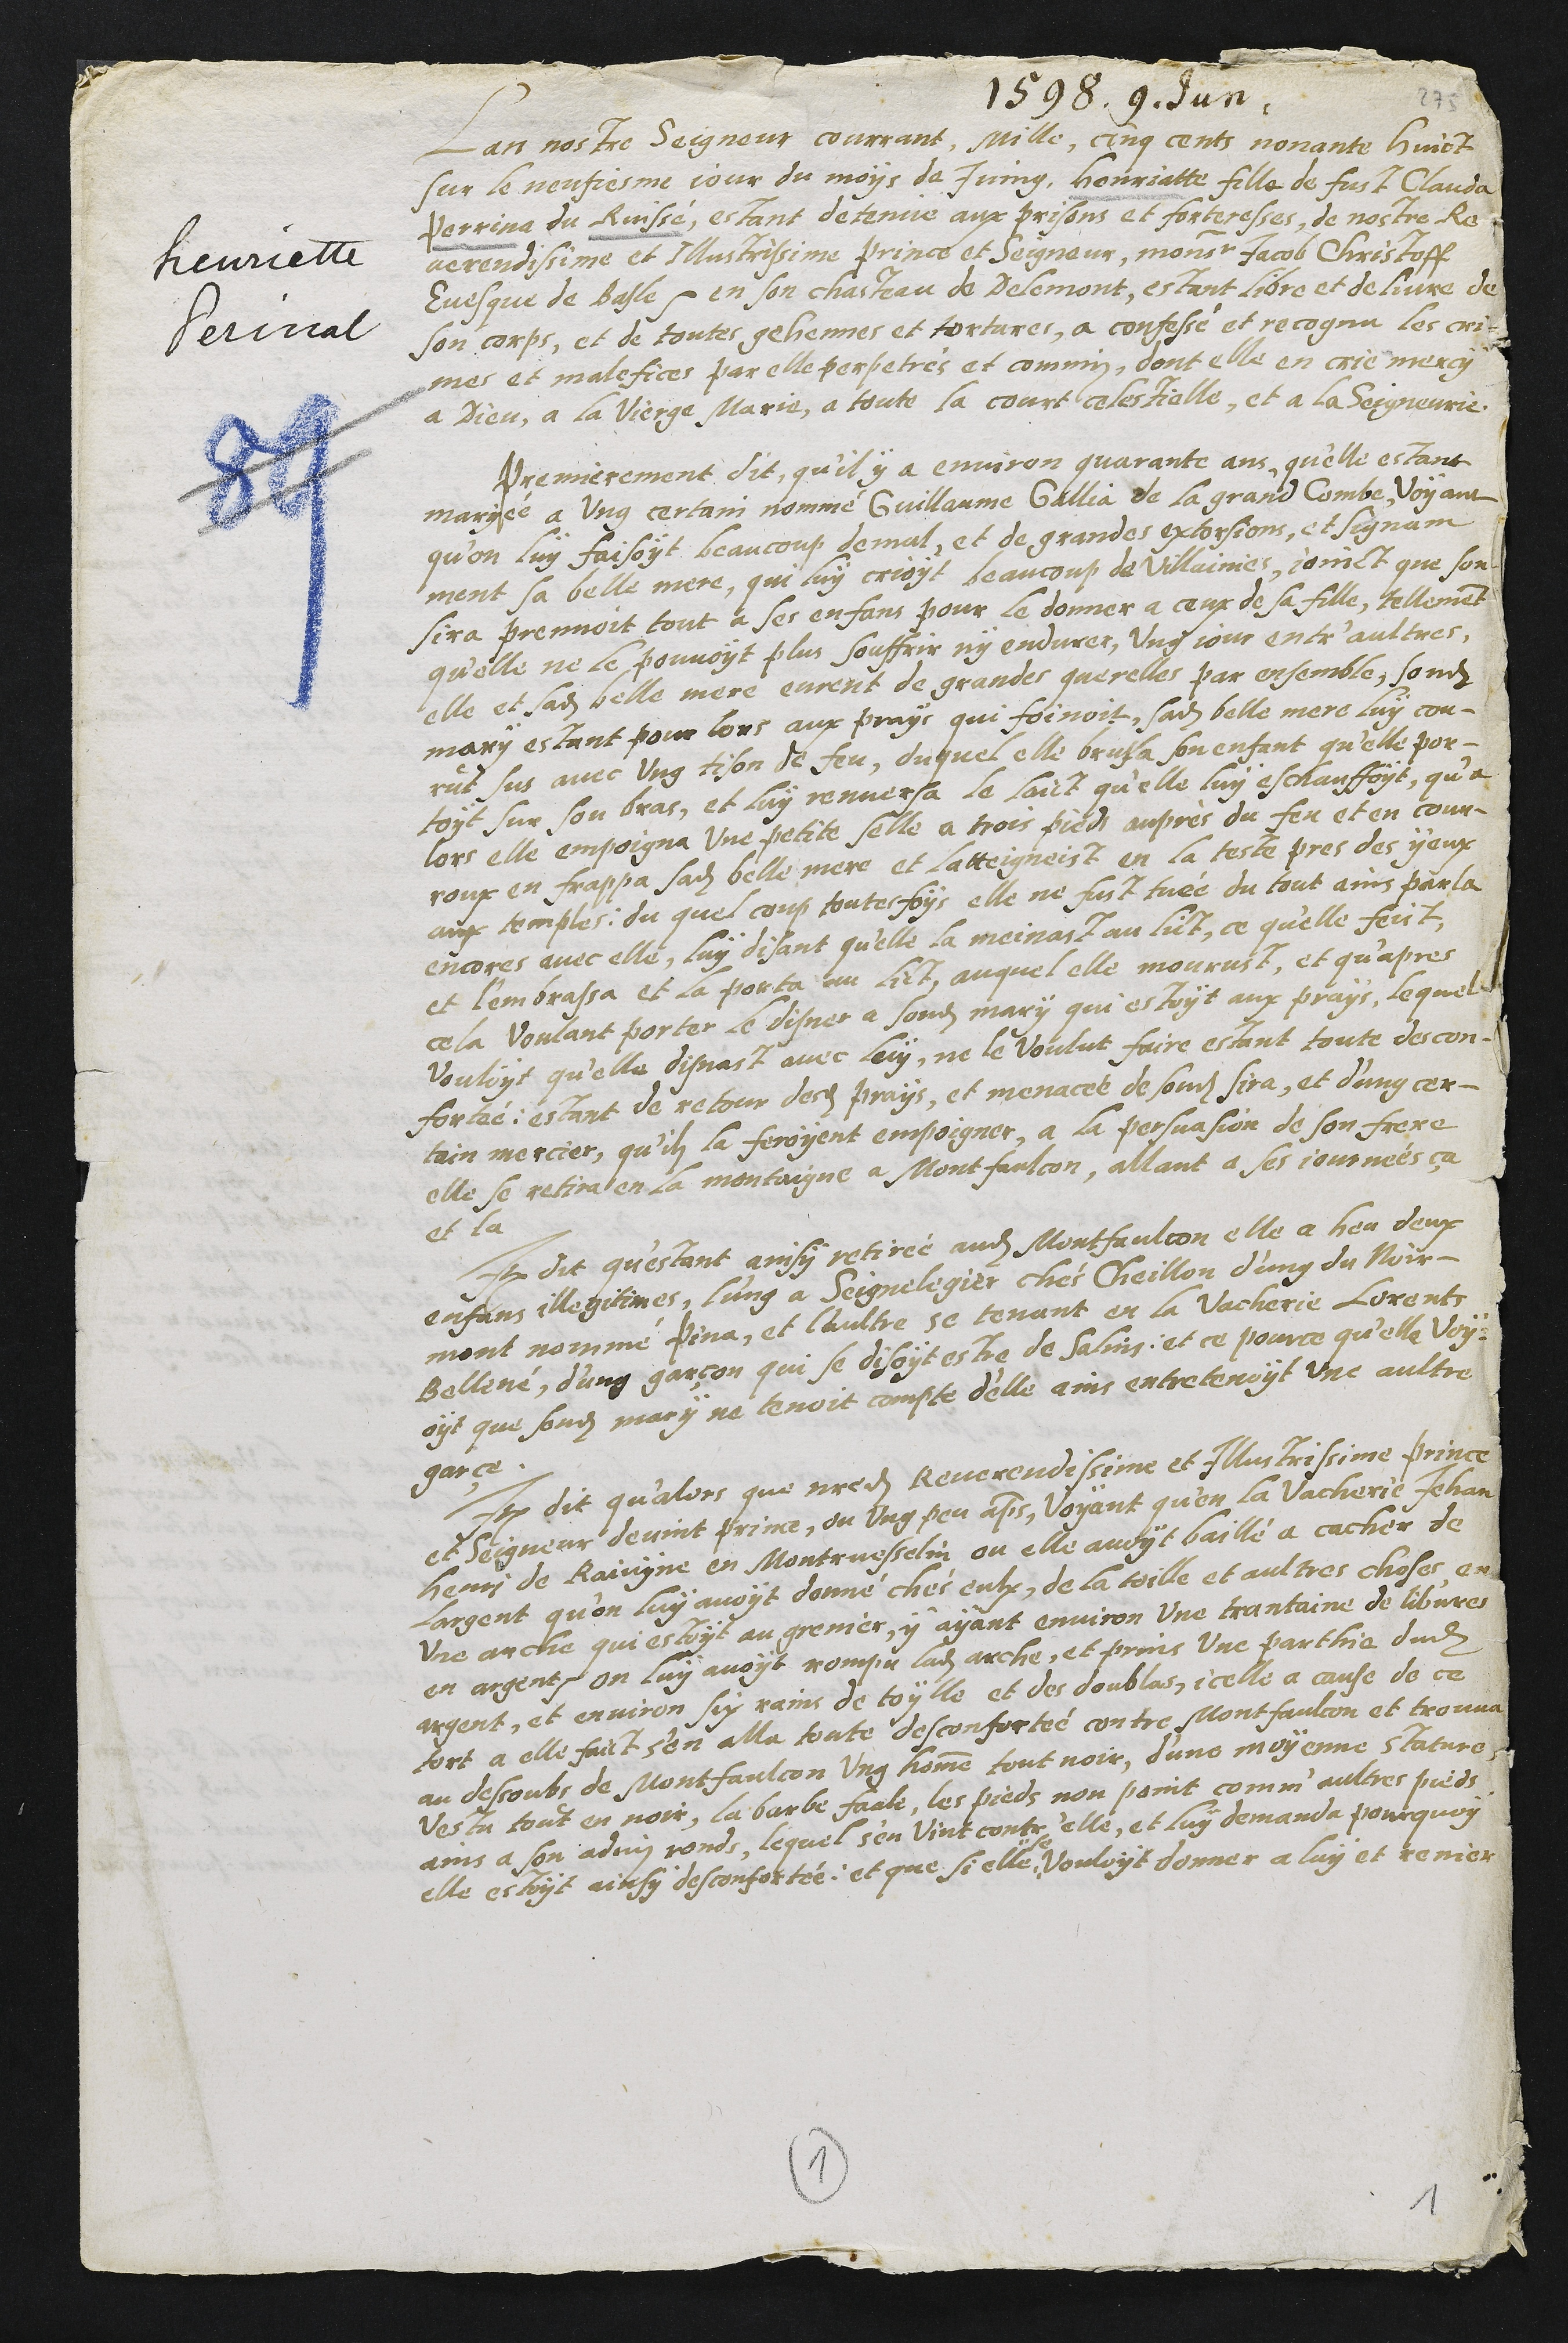
1598. 9. Jun.
henriette
Perinat
Lan nostre Seigneur courrant, mille, cinq cents nonante huict
sur le nonfieme jour du mois de Juing, Henriatte fille de fust Claude,
Perrina du Ruissé, estant detenue aux prisons et forteresses de nostre Re
verendissime et Illustrissine prince et Seigneur monsieur Jacob Christoff
Evesque de Basle enson chasteau de Delemont, estant libre et delivre de
son corps et de toutes getiennes et torture à confesse et recognu les crie
me et malefice par elle perpetres et commis, dont elle en crie meney
à Dieu, à la vierge Marie a toute la courté telle, et a la Seigneur
remierement dit quil y a environ quarante ans quelle estant
marie à ung certain nomme Guillaume Gallia de la grand Combe Voyant
qu'on luy faisoyt beaucoup demal, et de grandes exorsions, et Signam
ment sa belle mere, que luy croyt beaucoup de villame joinct que son
sire prenoit tout à ses enfans pour le donner à ceux de sa fille, telleme
quelle ne le pouvoit plus souffois ny endure, ung jour ener aultres,
elle et sadite belle mere curent de grande querelles par ensemble, sondit
mary estant pour lors aux pray qui foinoit, sadite belle mere luy con
rut sus avec ung tison de feu duquel elle brusa, son enfant quelle par
tout sur son bras, et luy reuvera le faict quelle luy eschanffoys, que
lors elle empoigna une petite elle a trois pieds aupres du feu et en cour
roup en frappa sadite belle mere et latteignoist en la toste pres des yeux
ait temples, ou quel cout toutefoy elle ne fust tuée du tout ains parla
encore avec elle, luy disant quelle la meinait au lict, ce quelle fait,
et lembrassa et la porta au lit, auquel elle mourust, et quapres
a la voutant porter à disne à sondit mary qui estoyt aux prays, lequelle
vouloit quelle dinant avec luy, ne le voulut faire estant toute de con
forté, estant de retour de prays, et menace de soint si et dung cer
tain morcier, quil la feroient empoigner, à la persuasion de son frere
elle se retira en la montaigne à Montfalcon, allant à ses journes a
et la
Et dit questant ainsi retire audit Montfaulcon, elle a heu deux
enfans illegitimes, lung à Seignelégier chez Geillon dung du voir
mont romme Pina, et laultre se tenant en la vacherie lorent
belline dung garson qui se disoit estre de Sain, et ce pour ce quelle voy
oyt que sondit mari ne tenoit compte delle ains entretenoyt une aultre
garce.
It dit quators que nedit Reverendissime et Austrissine prince
Seigneur devint prine, ou ung peu as, Voyant quon la vactierie Jehan
Henry de laingne en Montruessein ou elle avoyt baillé à catier de
largent quon luy avoit donne che eulx de la toille et aultres choses an
Une autre qui estoyt au grenier y ayant environ une trantaine de libvre
en argent, ou luy avoit rompu ladite autre, et prins une partte dudit
tentations ains de et que ces de ce
tort à elle faict sen alla toute desconforté contre Montfalcon et trouva
au descoubs de Montfalcon ung nomme tout noir, dune moyenne sacune
des a tout en noir la barbe facte, les pres non point commis aultres pres
ains à son advironde, lequel sen vint contre elle, et luy demanda pourquoy
elle estoyt ainsi desconfortée, et que si elle voulloit donner a luy et ronier
4
1